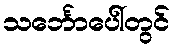
သင်္ဘောပေါ်တွင်